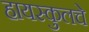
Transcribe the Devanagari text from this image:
हायस्‍कुलचे